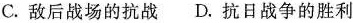
C.敌后战场的抗战 D.抗日战争的胜利